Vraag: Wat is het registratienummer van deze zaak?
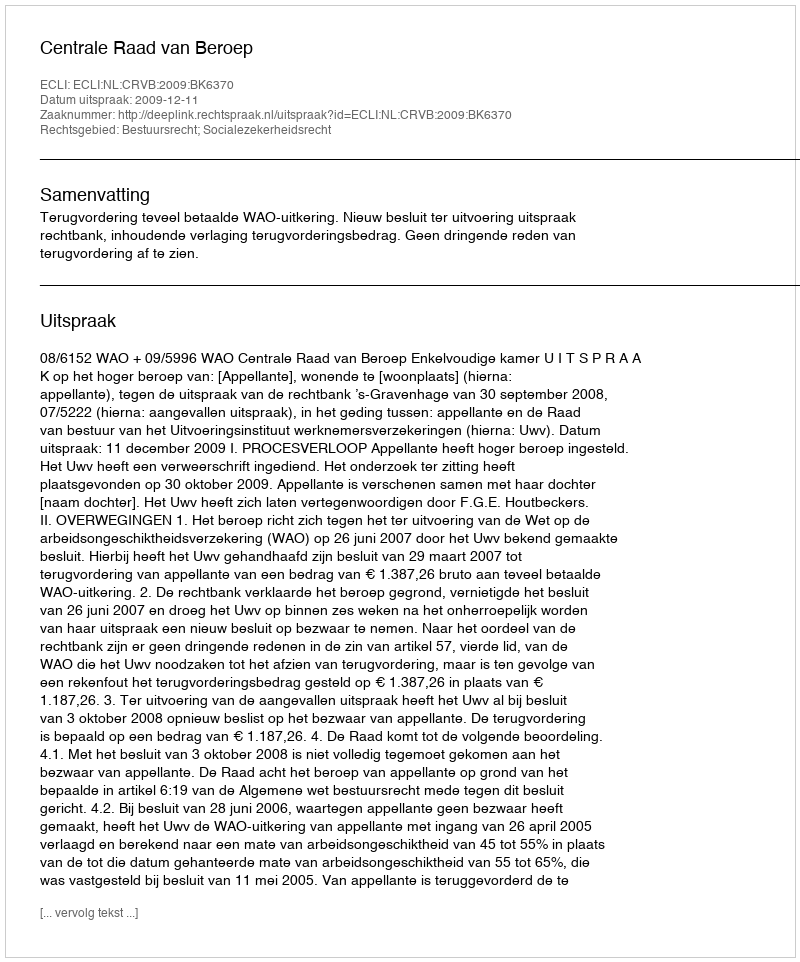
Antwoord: http://deeplink.rechtspraak.nl/uitspraak?id=ECLI:NL:CRVB:2009:BK6370